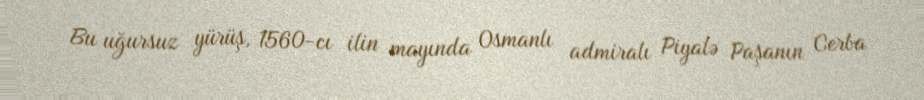
Bu uğursuz yürüş, 1560-cı ilin mayında Osmanlı admiralı Piyalə Paşanın Cerba